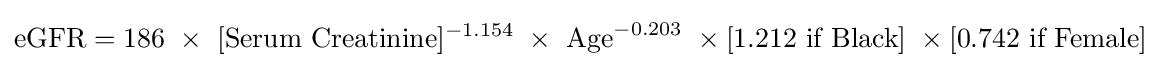
{\text{eGFR}}={\text{186}}\ \times \ [{\text{Serum Creatinine}}]^{-1.154}\ \times \ {\text{Age}}^{-0.203}\ \times {\text{[1.212 if Black]}}\ \times {\text{[0.742 if Female]}}